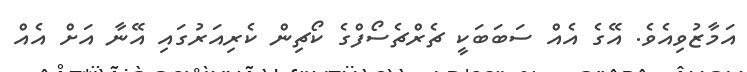
އަމާޒުވިއެވެ. އޭގެ އެއް ސަބަބަކީ ޗެރްޗެސޯފްގެ ކޯޗިން ކެރިއަރުގައި އޭނާ އަށް އެއް